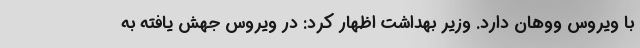
با ویروس ووهان دارد. وزیر بهداشت اظهار کرد: در ویروس جهش یافته به